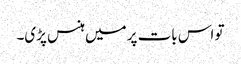
تو اس بات پر میں ہنس پڑی۔